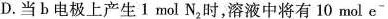
D.当b电极上产生1mol N_{2}时，溶液中将有10mol e^{-}